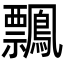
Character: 𪇃